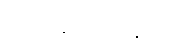
သတိမထားမိကြ။